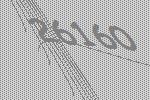
26160